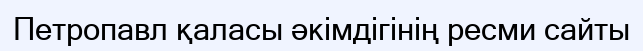
Петропавл қаласы әкімдігінің ресми сайты